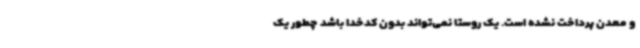
و معدن پرداخت نشده است. یک روستا نمی‌تواند بدون کدخدا باشد چطور یک